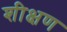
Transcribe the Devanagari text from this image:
शीक्षण